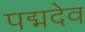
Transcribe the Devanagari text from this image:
पद्मदेव